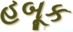
હબૂક